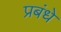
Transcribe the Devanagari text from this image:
प्रबंधे